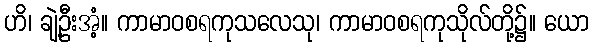
ဟိ၊ ချဲ့ဦးအံ့။ ကာမာဝစရကုသလေသု၊ ကာမာဝစရကုသိုလ်တို့၌။ ယော